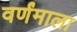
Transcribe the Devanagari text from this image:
वर्णंमाला